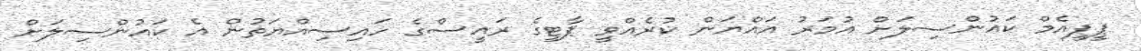
ޕީޕީއެމް ކައުންސިލަށް އުމަރު އައްޔަން ކުރެއްވީ ޕާޓީގެ ރައީސްގެ ހައިސިއްޔަތުން އެ ކައުންސިލަށް